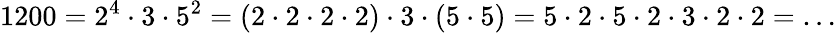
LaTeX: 1200=2^{4}\cdot 3\cdot 5^{2}=(2\cdot 2\cdot 2\cdot 2)\cdot 3\cdot(5\cdot 5)=5\cdot 2\cdot 5\cdot 2\cdot 3\cdot 2\cdot 2=\ldots